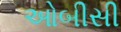
ઓબીસી